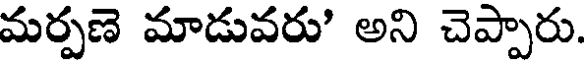
మర్పణె మాడువరు' అని చెప్పారు.